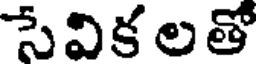
సేవిక లతో